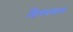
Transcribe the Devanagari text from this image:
शिवप्रणाम